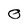
Character: O